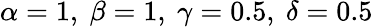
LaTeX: \alpha=1,~\beta=1,~\gamma=0.5,~\delta=0.5